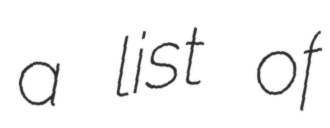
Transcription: a list of